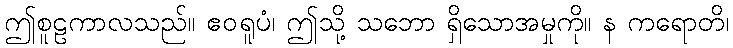
ဤစူဠကာလသည်။ ဧဝရူပံ၊ ဤသို့ သဘော ရှိသောအမှုကို။ န ကရောတိ၊